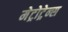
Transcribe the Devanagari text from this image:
मेट्रोट्रेन्स